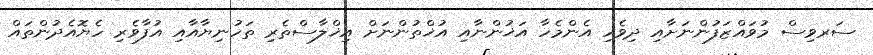
ސަރވިސް މުވައްޒަފުންނަށާއި ދިވެހި އެންމެހާ އަޚުންނާއި އުޚްތުންނަށް އިޚްލާސްތެރި ތަހުނިޔާއާއި އުފާވެރި ހެޔޮއެދުންތައް